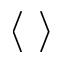
\langle ~ \rangle